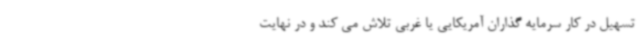
تسهیل در کار سرمایه گذاران آمریکایی یا غربی تلاش می کند و در نهایت